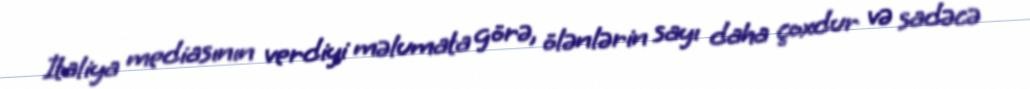
İtaliya mediasının verdiyi məlumata görə, ölənlərin sayı daha çoxdur və sadəcə